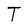
Character: T